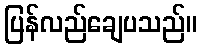
ပြန်လည်ချေပသည်။